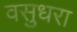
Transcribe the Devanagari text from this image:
वसुधरा